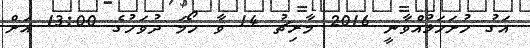
އަގު ހުށަހަޅުއްވާނީ 2016 މާރިޗު 14 ވާ ހޯމަ ދުވަހުގެ 13:00 އަށް